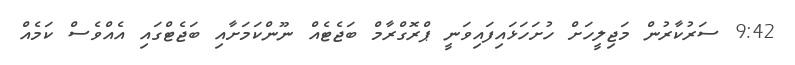
9:42 ސަރުކާރުން މަޖިލީހަށް ހުށަހަޅައިފައިވަނީ ޕްރޮގްރާމް ބަޖެޓެއް ނޫންކަމަށާއި ބަޖެޓްގައި އެއްވެސް ކަމެއް